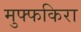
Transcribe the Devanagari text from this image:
मुफ्फकिरा